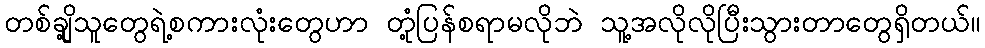
တစ်ချို့သူတွေရဲ့စကားလုံးတွေဟာ တုံ့ပြန်စရာမလိုဘဲ သူ့အလိုလိုပြီးသွားတာတွေရှိတယ်။